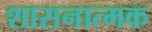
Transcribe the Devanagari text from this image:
शासनात्मक